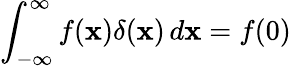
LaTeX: \int_{-\infty}^{\infty}f(\mathbf{x})\delta(\mathbf{x})\, d\mathbf{x}=f(0)